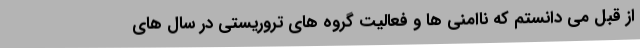
از قبل می دانستم که ناامنی ها و فعالیت گروه های تروریستی در سال های